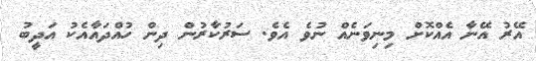
އޭރު އޭނާ އެއްކޮށް މިނިވަނެއް ނުވެ އެވެ. ސަރުކާރުން ދިން ހުއްދައާއެކު އަދީބު